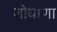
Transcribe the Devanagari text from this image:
जोधाणा